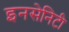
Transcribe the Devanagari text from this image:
इनसेनिटी